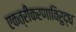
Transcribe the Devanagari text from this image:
एकत्रीकरणाविरुद्ध